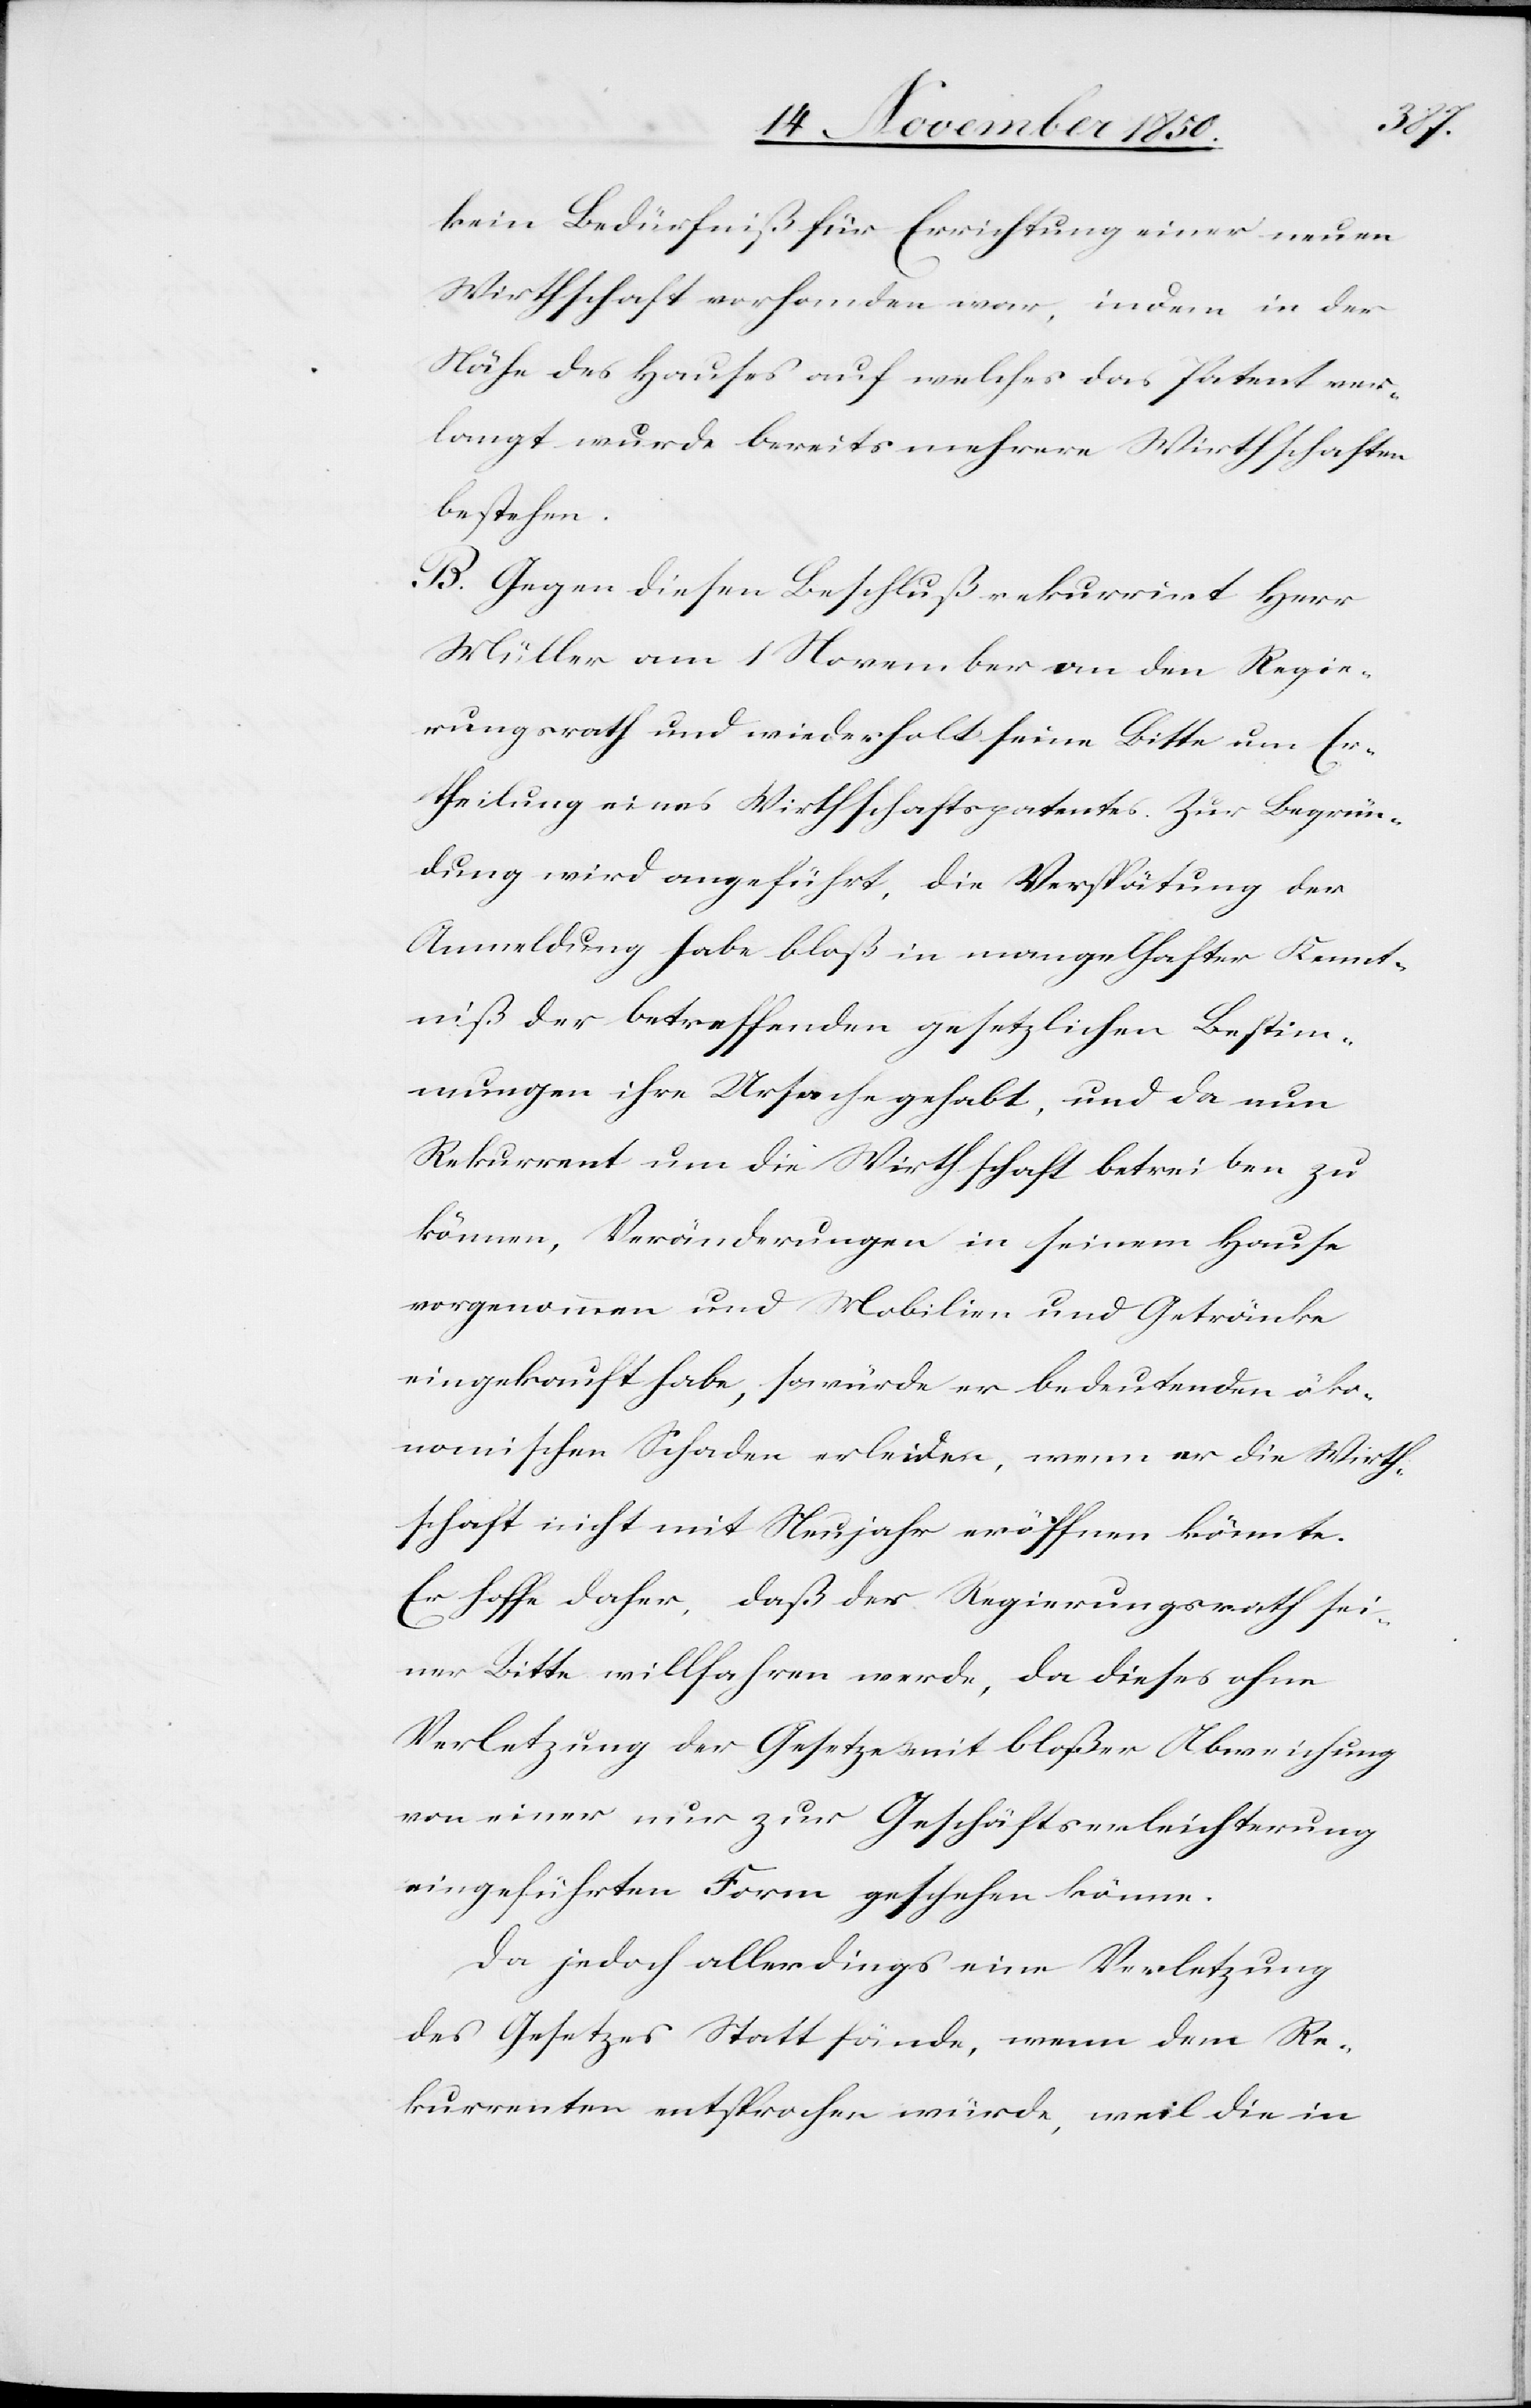
kein Bedürfniß für Errichtung einer neuen
Wirthschaft vorhanden war, indem in der
Nähe des Hauses auf welches das Patent ver¬
langt wurde bereits mehrere Wirthschaften
bestehen.
B. Gegen diesen Beschluß rekurrirt Herr
Müller am 1 November an den Regie¬
rungsrath und wiederholt seine Bitte um Er¬
theilung eines Wirthschaftspatentes. Zur Begrün¬
dung wird angeführt, die Verspätung der
Anmeldung habe bloß in mangelhafter Kennt¬
niß der betreffenden gesetzlichen Bestim¬
mungen ihre Ursache gehabt, und da nun
Rekurrent um die Wirthschaft betreiben zu
können, Veränderungen in seinem Hause
vorgenommen und Mobilien und Getränke
eingekauft habe, so würde er bedeutenden öko¬
nomischen Schaden erleiden, wenn er die Wirth¬
schaft nicht mit Neujahr eröffnen könnte.
Er hoffe daher, daß der Regierungsrath sei¬
ner Bitte willfahren werde, da dieses ohne
Verletzung der Gesetze mit bloßer Abweichung
von einer nur zur Geschäftserleichterung
eingeführten Form geschehen könne.
Da jedoch allerdings eine Verletzung
des Gesetzes Statt fände, wenn dem Re¬
kurrenten entsprochen würde, weil die in